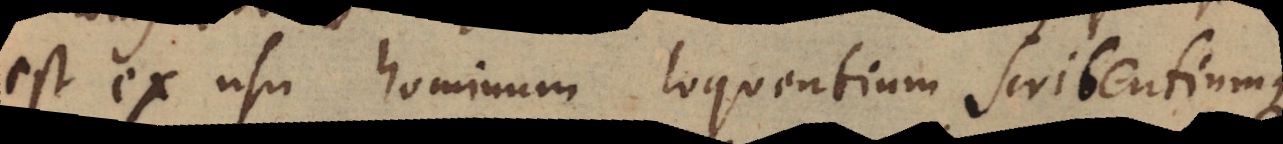
est ex usu hominum loquentium scribentiumque